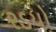
રડયો